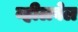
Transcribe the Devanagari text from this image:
व्हीलवेल